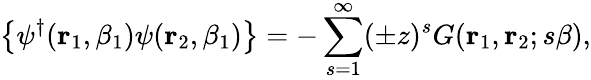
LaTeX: \left\{ \psi^{\dagger}({\mathbf r}_{1},\beta_{1})\psi({\mathbf r}_{2},\beta_{1})\right\} =-\sum_{s=1}^{\infty}(\pm z)^{s}G({\mathbf r}_{1},{\mathbf r}_{2};s\beta),